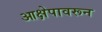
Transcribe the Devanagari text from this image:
आक्षेपावरून